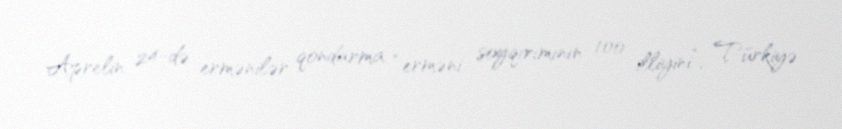
Aprelin 24-də ermənilər qondarma “erməni soyqırımının 100 illiyini”, Türkiyə